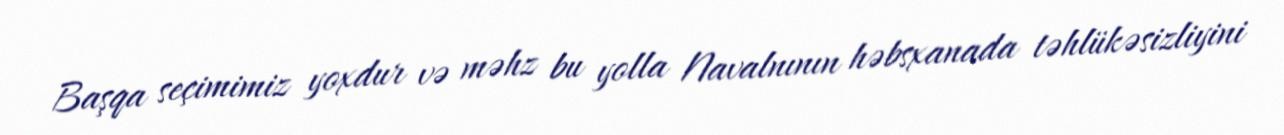
Başqa seçimimiz yoxdur və məhz bu yolla Navalnının həbsxanada təhlükəsizliyini